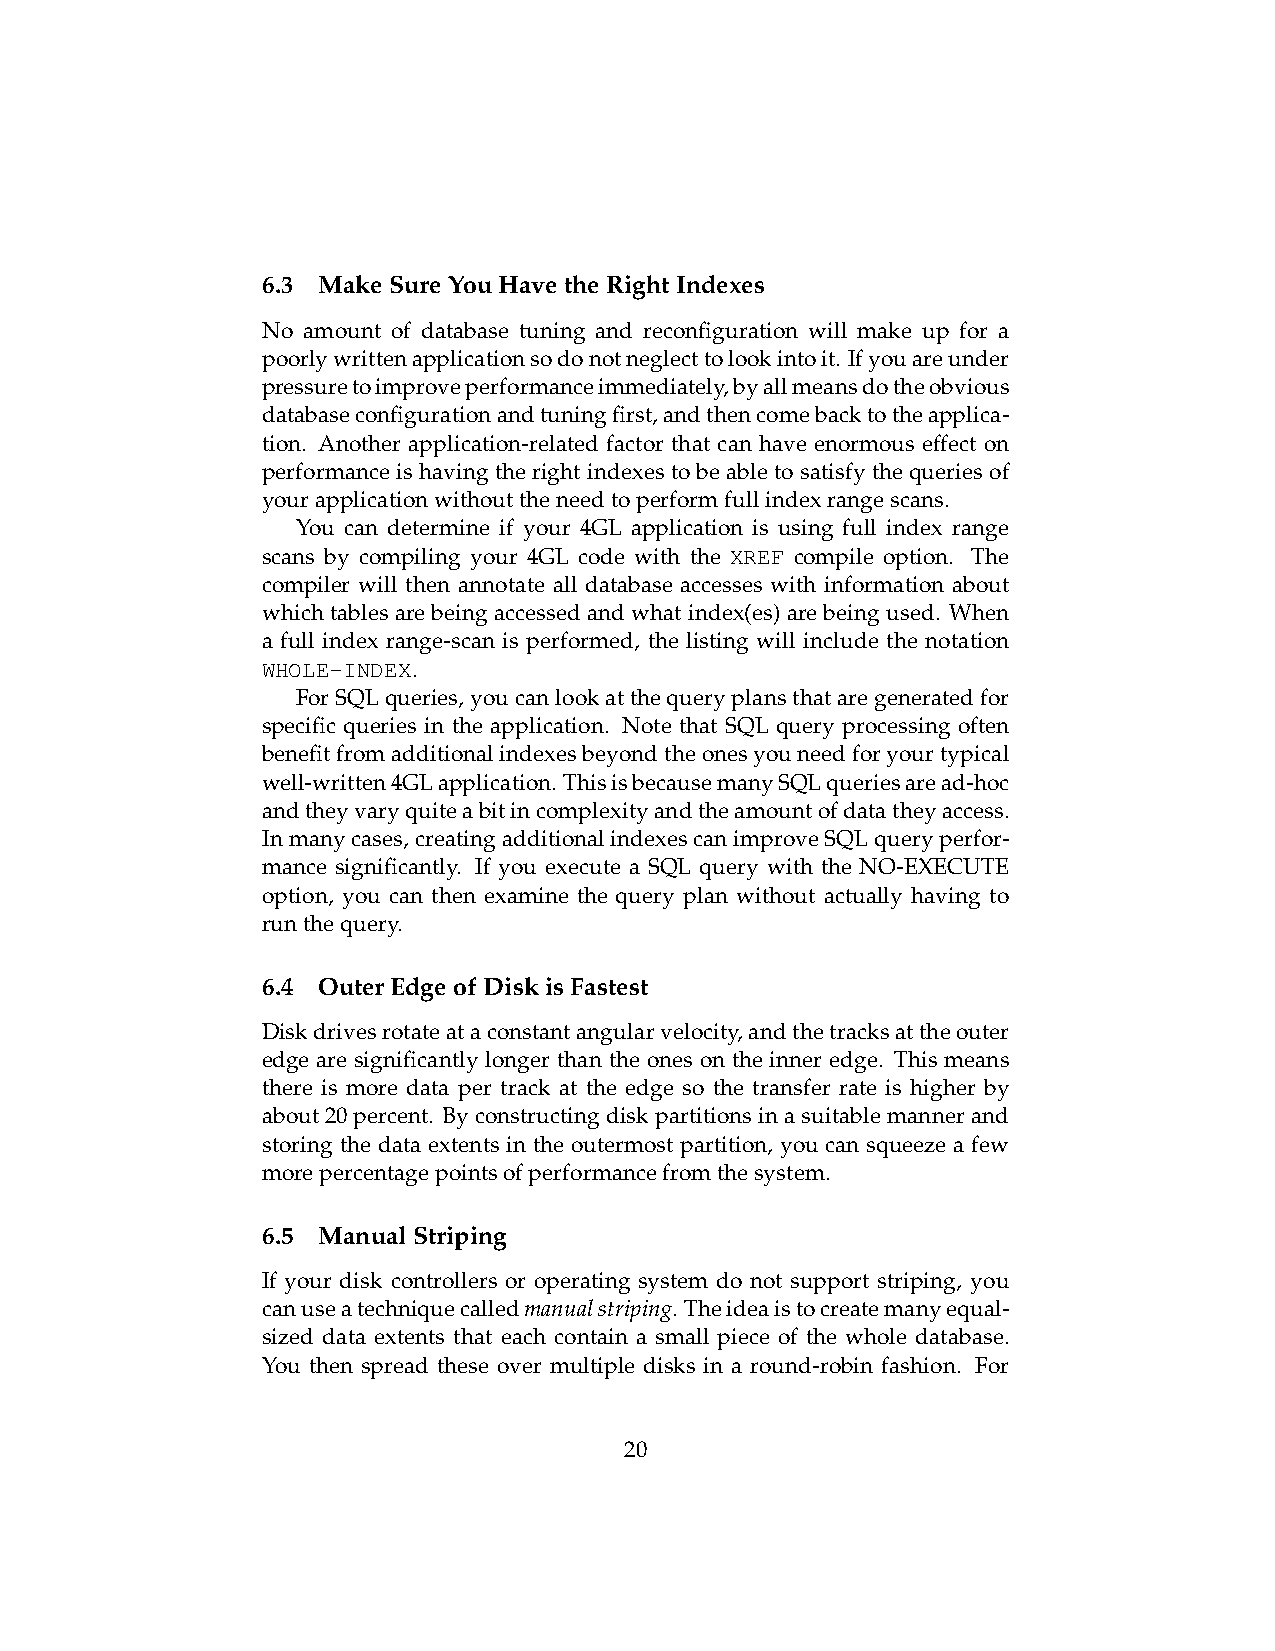
6.3 MakeSureYouHavetheRightIndexes
 No amount of database tuning and reconfiguration will make up for a
 poorlywrittenapplicationsodonotneglecttolookintoit. Ifyouareunder
 pressuretoimproveperformanceimmediately,byallmeansdotheobvious
 databaseconfigurationandtuningfirst,andthencomebacktotheapplica-
 tion. Another application-related factor that can have enormous effect on
 performance is having the right indexes to be able to satisfy the queries of
 yourapplicationwithouttheneedtoperformfullindexrangescans.
 You can determine if your 4GL application is using full index range
 scans by compiling your 4GL code with the XREF compile option. The
 compiler will then annotate all database accesses with information about
 which tables are being accessed and what index(es) are being used. When
 a full index range-scan is performed, the listing will include the notation
 WHOLE-INDEX.
 ForSQLqueries,youcanlookatthequeryplansthataregeneratedfor
 specific queries in the application. Note that SQL query processing often
 benefitfromadditionalindexesbeyondtheonesyouneedforyourtypical
 well-written4GLapplication. ThisisbecausemanySQLqueriesaread-hoc
 andtheyvaryquiteabitincomplexityandtheamountofdatatheyaccess.
 Inmanycases,creatingadditionalindexescanimproveSQLqueryperfor-
 mance significantly. If you execute a SQL query with the NO-EXECUTE
 option, you can then examine the query plan without actually having to
 runthequery.
 6.4 OuterEdgeofDiskisFastest
 Diskdrivesrotateataconstantangularvelocity,andthetracksattheouter
 edge are significantly longer than the ones on the inner edge. This means
 there is more data per track at the edge so the transfer rate is higher by
 about20percent. Byconstructingdiskpartitionsinasuitablemannerand
 storing the data extents in the outermost partition, you can squeeze a few
 morepercentagepointsofperformancefromthesystem.
 6.5 ManualStriping
 If your disk controllers or operating system do not support striping, you
 canuseatechniquecalledmanualstriping. Theideaistocreatemanyequal-
 sized data extents that each contain a small piece of the whole database.
 You then spread these over multiple disks in a round-robin fashion. For
 20